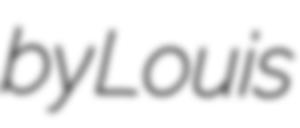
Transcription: by Louis